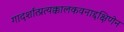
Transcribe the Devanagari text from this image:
गादर्शात्प्रत्यक्कालकवनाद्दक्षिणेन